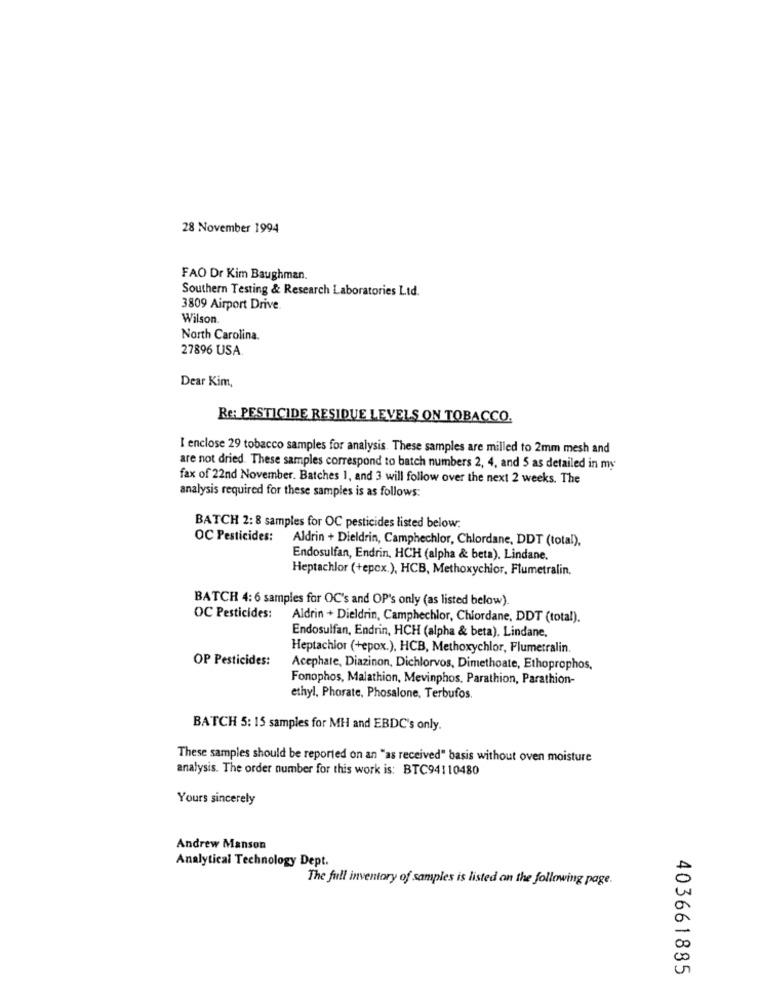
28 November 1994
FAO Dr Kim Baughman.
Southern Testing & Research Laboratories Ltd.
3809 Airport Drive.
Wilson.
North Carolina.
27896 USA.
Dear Kim,
Re: PESTICIDE RESIDUE LEVELS ON TOBACCO.
I enclose 29 tobacco samples for analysis. These samples are milled to 2mm mesh and
are not dried. These samples correspond to batch numbers 2, 4, and 5 as detailed in my
fax of 22nd November. Batches 1, and 3 will follow over the next 2 weeks. The
analysis required for these samples is as follows:
BATCH 2: 8 samples for OC pesticides listed below:
OC Pesticides:
Aldrin + Dieldrin, Camphechlor, Chlordane, DDT (total),
Endosulfan, Endrin, HCH (alpha & beta). Lindane.
Heptachlor (+epcx.), HCB, Methoxychlor, Flumetralin,
BATCH 4: 6 samples for OC's and OP's only (as listed below).
OC Pesticides:
Aldrin + Dieldrin, Camphechlor, Chlordane, DDT (total).
Endosulfan, Endrin, HCH (alpha & beta). Lindane,
Heptachior (+epox.), HCB, Methoxychlor, Flumetralin.
OP Pesticides:
Acephate, Diazinon, Dichlorvos, Dimethoate, Ethoprophos.
Fonophos, Malathion, Mevinphos, Parathion, Parathion-
ethyl, Phorate, Phosalone, Terbufos.
BATCH 5: 15 samples for MH and EBDC's only.
These samples should be reported on an "as received" basis without oven moisture
analysis. The order number for this work is: BTC94110480
Yours sincerely
Andrew Manson
Analytical Technology Dept.
The full inventory of samples is listed on the following page.
0
00
403661885